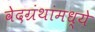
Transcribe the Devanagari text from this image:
वेदग्रंथांमध्ये